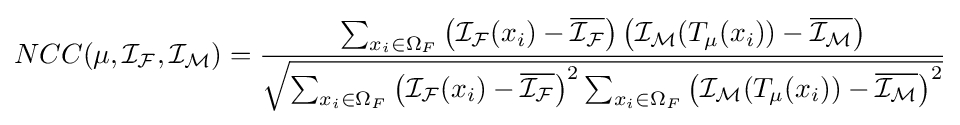
NCC(\mu ,{\mathcal {I_{F}}},{\mathcal {I_{M}}})={\dfrac {\sum _{x_{i}\in \Omega _{F}}\left({\mathcal {I_{F}}}(x_{i})-{\overline {\mathcal {I_{F}}}}\right)\left({\mathcal {I_{M}}}({T}_{\mu }(x_{i}))-{\overline {\mathcal {I_{M}}}}\right)}{\sqrt {\sum _{x_{i}\in \Omega _{F}}\left({\mathcal {I_{F}}}(x_{i})-{\overline {\mathcal {I_{F}}}}\right)^{2}\sum _{x_{i}\in \Omega _{F}}\left({\mathcal {I_{M}}}({T}_{\mu }(x_{i}))-{\overline {\mathcal {I_{M}}}}\right)^{2}}}}